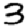
Digit: 3